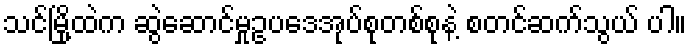
သင်မြို့ထဲက ဆွဲဆောင်မှုဥပဒေအုပ်စုတစ်စုနဲ့ စတင်ဆက်သွယ် ပါ။